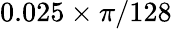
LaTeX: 0.025\times\pi/128